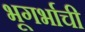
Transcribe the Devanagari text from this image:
भूगर्भाची